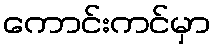
ကောင်းကင်မှာ